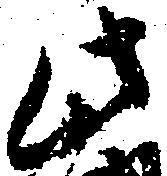
此